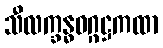
သီလက္ခန္ဓဝဂ္ဂဋ္ဌကထာ